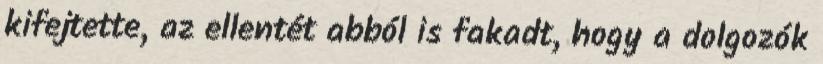
kifejtette, az ellentét abból is fakadt, hogy a dolgozók